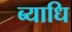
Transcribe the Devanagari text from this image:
ब्‍याधि